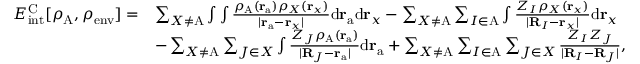
\begin{array} { r l } { E _ { \mathrm { i n t } } ^ { \mathrm { C } } [ \rho _ { \mathrm { A } } , \rho _ { \mathrm { e n v } } ] = } & { \sum _ { X \neq \mathrm { A } } \int \int \frac { \rho _ { \mathrm { A } } ( \mathbf { r } _ { \mathrm { a } } ) \rho _ { X } ( \mathbf { r } _ { x } ) } { | \mathbf { r } _ { \mathrm { a } } - \mathbf { r } _ { x } | } { \mathrm { d } } \mathbf { r } _ { \mathrm { a } } { \mathrm { d } } \mathbf { r } _ { x } - \sum _ { X \neq \mathrm { A } } \sum _ { I \in \mathrm { A } } \int \frac { Z _ { I } \rho _ { X } ( \mathbf { r } _ { x } ) } { | \mathbf { R } _ { I } - \mathbf { r } _ { x } | } { \mathrm { d } } \mathbf { r } _ { x } } \\ & { - \sum _ { X \neq \mathrm { A } } \sum _ { J \in X } \int \frac { Z _ { J } \rho _ { \mathrm { A } } ( \mathbf { r } _ { \mathrm { a } } ) } { | \mathbf { R } _ { J } - \mathbf { r } _ { \mathrm { a } } | } { \mathrm { d } } \mathbf { r } _ { \mathrm { a } } + \sum _ { X \neq \mathrm { A } } \sum _ { I \in \mathrm { A } } \sum _ { J \in X } \frac { Z _ { I } Z _ { J } } { | \mathbf { R } _ { I } - \mathbf { R } _ { J } | } , } \end{array}